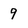
Character: 9